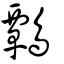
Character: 鷣